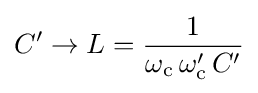
C'\to L={\frac {1}{\omega _{\text{c}}\,\omega _{\text{c}}'\,C'}}